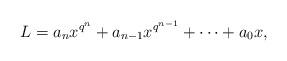
LaTeX: \begin{align*}L=a_nx^{q^n}+a_{n-1}x^{q^{n-1}}+\cdots +a_0x,\end{align*}